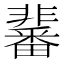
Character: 𩈀